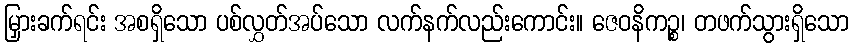
မြှားခက်ရင်း အစရှိသော ပစ်လွှတ်အပ်သော လက်နက်လည်းကောင်း။ ဇေဝနိကဉ္စ၊ တဖက်သွားရှိသော